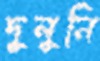
দুলুনি